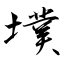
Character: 墣